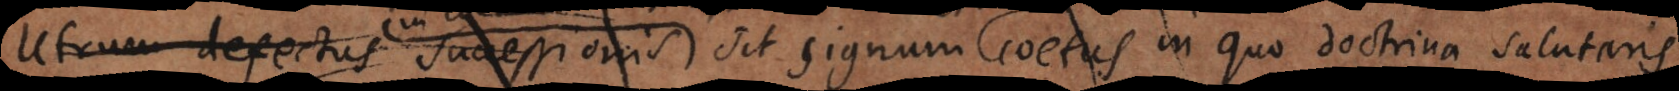
um sit coetus sit signum coetus in quo doctrina salutaris